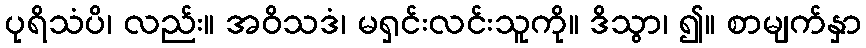
ပုရိသံပိ၊ လည်း။ အဝိသဒံ၊ မရှင်းလင်းသူကို။ ဒိသွာ၊ ၍။ စာမျက်နှာ